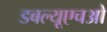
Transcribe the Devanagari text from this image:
डबल्यूएचओ